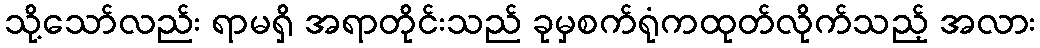
သို့သော်လည်း ရာမရှိ အရာတိုင်းသည် ခုမှစက်ရုံကထုတ်လိုက်သည့် အလား